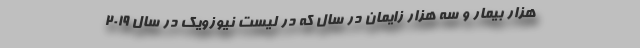
هزار بیمار و سه هزار زایمان در سال که در لیست نیوزویک در سال ۲۰۱۹